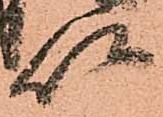
以